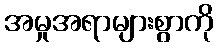
အမှုအရာများစွာကို